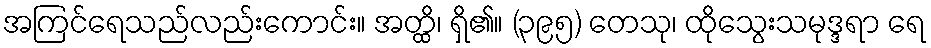
အကြင်ရေသည်လည်းကောင်း။ အတ္ထိ၊ ရှိ၏။ (၃၉၅) တေသု၊ ထိုသွေးသမုဒ္ဒရာ ရေ